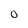
Character: O